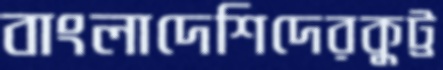
বাংলাদেশিদেরকুট্ট